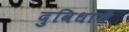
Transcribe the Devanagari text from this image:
दुविधायें